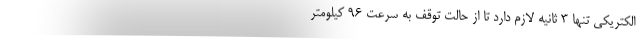
الکتریکی تنها 3 ثانیه لازم دارد تا از حالت توقف به سرعت 96 کیلومتر